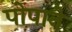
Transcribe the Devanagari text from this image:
पोपाने